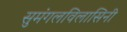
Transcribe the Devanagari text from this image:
सुमंगलविलासिनी